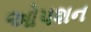
ઓપશન